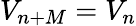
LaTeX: V_{n+M}=V_{n}